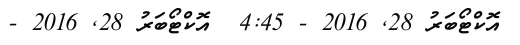
އޮކްޓޯބަރު 28